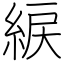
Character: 綟